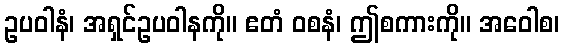
ဥပဝါနံ၊ အရှင်ဥပဝါနကို။ ဧတံ ဝစနံ၊ ဤစကားကို။ အဝေါစ၊